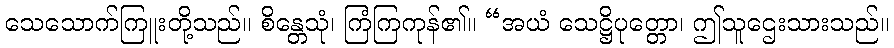
သေသောက်ကြူးတို့သည်။ စိန္တေသုံ၊ ကြံကြကုန်၏။ “အယံ သေဋ္ဌိပုတ္တော၊ ဤသူဌေးသားသည်။